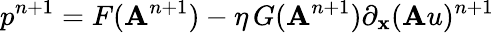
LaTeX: p^{n+1}=F(\mathbf{A}^{n+1})-\eta\, G(\mathbf{A}^{n+1})\partial_{\mathbf{x}}(\mathbf{A}u)^{n+1}